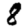
Digit: 8